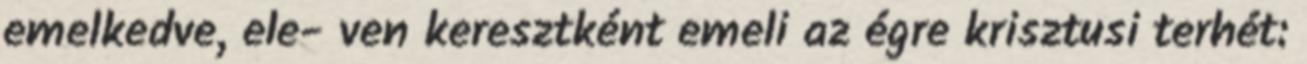
emelkedve, ele- ven keresztként emeli az égre krisztusi terhét: